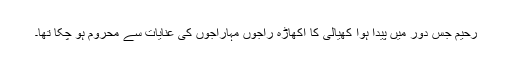
رحیم جس دور میں پیدا ہوا کھیالی کا اکھاڑہ راجوں مہاراجوں کی عنایات سے محروم ہو چکا تھا۔